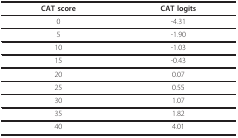
<table><thead><tr><td><b>CAT score</b></td><td><b>CAT logits</b></td></tr></thead><tbody><tr><td>0</td><td>-4.31</td></tr><tr><td>5</td><td>-1.90</td></tr><tr><td>10</td><td>-1.03</td></tr><tr><td>15</td><td>-0.43</td></tr><tr><td>20</td><td>0.07</td></tr><tr><td>25</td><td>0.55</td></tr><tr><td>30</td><td>1.07</td></tr><tr><td>35</td><td>1.82</td></tr><tr><td>40</td><td>4.01</td></tr></tbody></table>